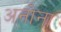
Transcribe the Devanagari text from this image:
अनोना